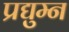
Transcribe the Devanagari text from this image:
प्रद्युम्‍न